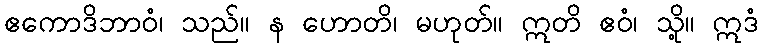
ဧကောဒိဘာဝံ၊ သည်။ န ဟောတိ၊ မဟုတ်။ ဣတိ ဧဝံ၊ သို့။ ဣဒံ